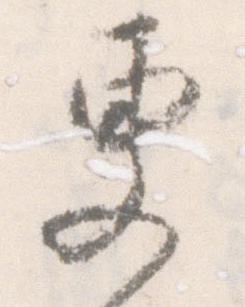
更